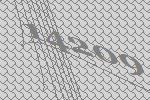
14209